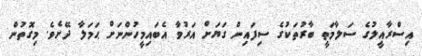
އިސްރާއީލުގެ ސަލާމަތީ ބާރުތަކުގެ ސިފައިން ގަޔަށް އަރުވާ އެބައިމީހުންނަށް ޙަމަލާ ދޭށެވެ. މިގޮތުން